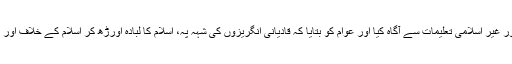
اور عام مسلمانوں کو مرزا قادیان کے افکار اور غیر اسلامی تعلیمات سے آگاہ کیا اور عوام کو بتایا کہ قادیانی انگریزوں کی شہہ پہ، اسلام کا لبادہ اورڑھ کر اسلام کے خلاف اور اسلامی جذبہ جہاد کے خلاف ایک سازش ہے۔